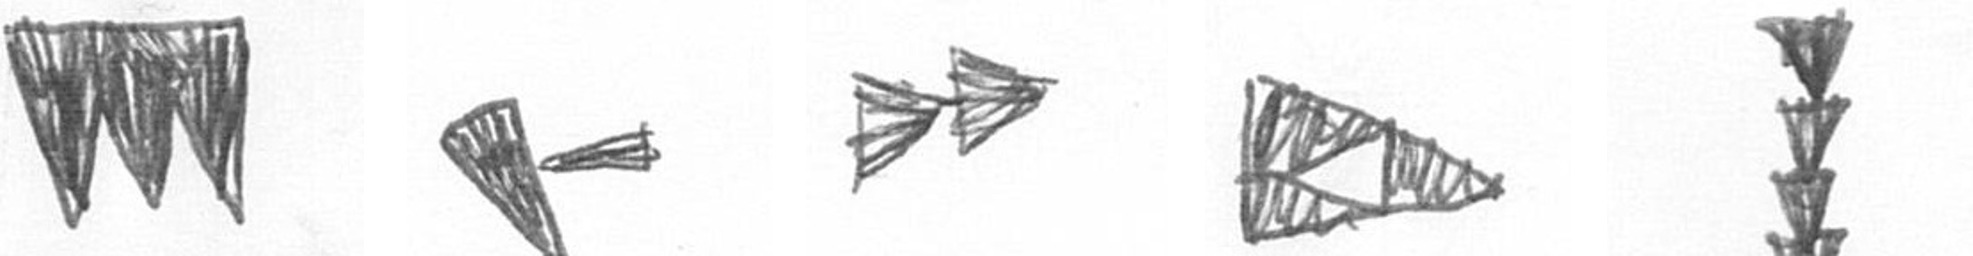
L F A K E